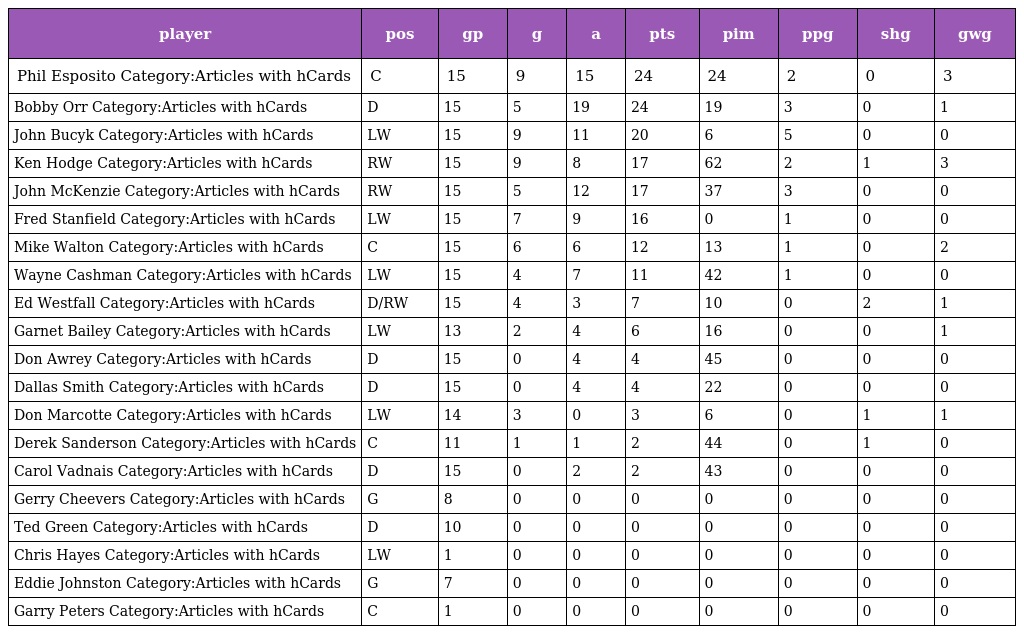
| player | pos | gp | g | a | pts | pim | ppg | shg | gwg |
 | --- | --- | --- | --- | --- | --- | --- | --- | --- | --- |
 | Phil Esposito Category:Articles with hCards | C | 15 | 9 | 15 | 24 | 24 | 2 | 0 | 3 |
 | Bobby Orr Category:Articles with hCards | D | 15 | 5 | 19 | 24 | 19 | 3 | 0 | 1 |
 | John Bucyk Category:Articles with hCards | LW | 15 | 9 | 11 | 20 | 6 | 5 | 0 | 0 |
 | Ken Hodge Category:Articles with hCards | RW | 15 | 9 | 8 | 17 | 62 | 2 | 1 | 3 |
 | John McKenzie Category:Articles with hCards | RW | 15 | 5 | 12 | 17 | 37 | 3 | 0 | 0 |
 | Fred Stanfield Category:Articles with hCards | LW | 15 | 7 | 9 | 16 | 0 | 1 | 0 | 0 |
 | Mike Walton Category:Articles with hCards | C | 15 | 6 | 6 | 12 | 13 | 1 | 0 | 2 |
 | Wayne Cashman Category:Articles with hCards | LW | 15 | 4 | 7 | 11 | 42 | 1 | 0 | 0 |
 | Ed Westfall Category:Articles with hCards | D/RW | 15 | 4 | 3 | 7 | 10 | 0 | 2 | 1 |
 | Garnet Bailey Category:Articles with hCards | LW | 13 | 2 | 4 | 6 | 16 | 0 | 0 | 1 |
 | Don Awrey Category:Articles with hCards | D | 15 | 0 | 4 | 4 | 45 | 0 | 0 | 0 |
 | Dallas Smith Category:Articles with hCards | D | 15 | 0 | 4 | 4 | 22 | 0 | 0 | 0 |
 | Don Marcotte Category:Articles with hCards | LW | 14 | 3 | 0 | 3 | 6 | 0 | 1 | 1 |
 | Derek Sanderson Category:Articles with hCards | C | 11 | 1 | 1 | 2 | 44 | 0 | 1 | 0 |
 | Carol Vadnais Category:Articles with hCards | D | 15 | 0 | 2 | 2 | 43 | 0 | 0 | 0 |
 | Gerry Cheevers Category:Articles with hCards | G | 8 | 0 | 0 | 0 | 0 | 0 | 0 | 0 |
 | Ted Green Category:Articles with hCards | D | 10 | 0 | 0 | 0 | 0 | 0 | 0 | 0 |
 | Chris Hayes Category:Articles with hCards | LW | 1 | 0 | 0 | 0 | 0 | 0 | 0 | 0 |
 | Eddie Johnston Category:Articles with hCards | G | 7 | 0 | 0 | 0 | 0 | 0 | 0 | 0 |
 | Garry Peters Category:Articles with hCards | C | 1 | 0 | 0 | 0 | 0 | 0 | 0 | 0 |